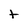
Character: t